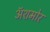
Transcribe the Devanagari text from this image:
अॅशमोर